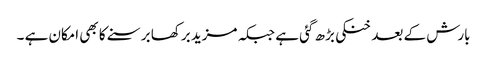
بارش کے بعد خنکی بڑھ گئی ہے جبکہ مزید برکھا برسنے کا بھی امکان ہے ۔